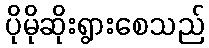
ပိုမိုဆိုးရွားစေသည်